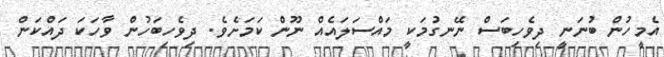
އެމީހުން ބުނަނީ ދިވެހިބަސް ނޭނގުމަކީ މައްސަލައެއް ނޫން ކަމަށެވެ. ދިވެހިބަހުން ވާހަކަ ދައްކަން